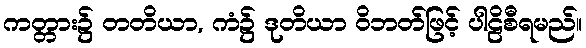
ကတ္တား၌ တတိယာ, ကံ၌ ဒုတိယာ ဝိဘတ်ဖြင့် ပါဠိစီရမည်။